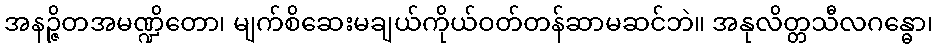
အနဉ္ဇိတအမဏ္ဍိတော၊ မျက်စိဆေးမချယ်ကိုယ်ဝတ်တန်ဆာမဆင်ဘဲ။ အနုလိတ္တသီလဂန္ဓော၊